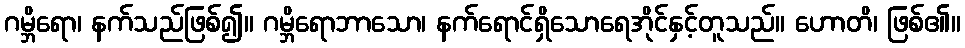
ဂမ္ဘိရော၊ နက်သည်ဖြစ်၍။ ဂမ္ဘိရောဘာသော၊ နက်ရောင်ရှိသောရေအိုင်နှင့်တူသည်။ ဟောတိ၊ ဖြစ်၏။